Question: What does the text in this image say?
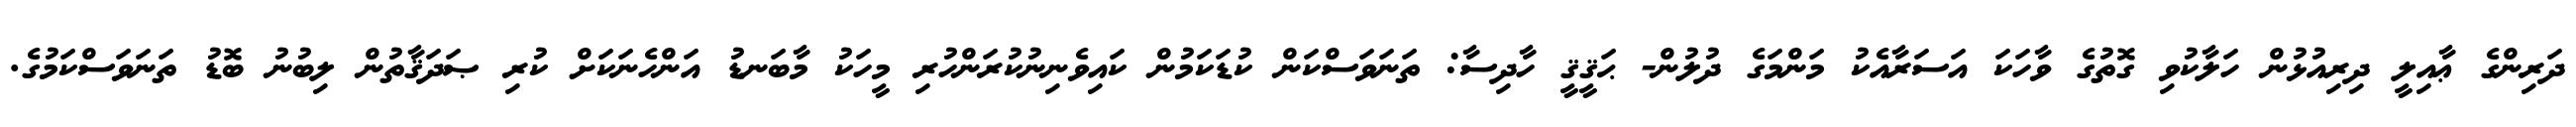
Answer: ދަރިންގެ ޢާއިލީ ދިރިއުޅުން ހަލާކުވި ގޮތުގެ ވާހަކަ އަސަރާއެކު މަންމަގެ ދުލުން- ޙަޤީޤީ ހާދިސާ: ތަނަވަސްކަން ކުޑަކަމުން ކައިވެނިނުކުރަންހުރި މީހަކު މާބަނޑު އަންހެނަކަށް ކުރި ޞަދަޤާތުން ލިބުނު ބޮޑު ތަނަވަސްކަމުގެ.